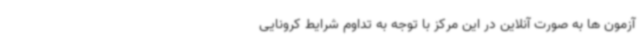
آزمون ها به صورت آنلاین در این مرکز با توجه به تداوم شرایط کرونایی